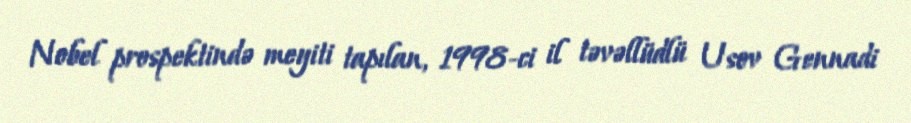
Nobel prospektində meyiti tapılan, 1998-ci il təvəllüdlü Usov Gennadi